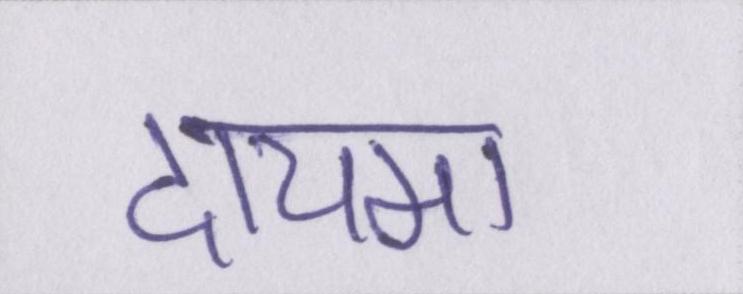
दायमा